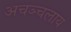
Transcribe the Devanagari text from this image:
अचञ्चलाय